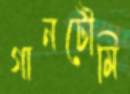
গানটৌমি